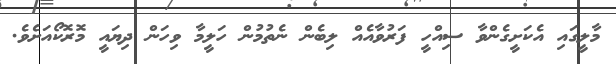
މާލީގައި އެކަށީގެންވާ ސިއްހީ ފަރުވާއެއް ލިބެން ނެތުމުން ހަލީމާ ވިހަން ދިޔައީ މޮރޮކޯއަށެވެ.